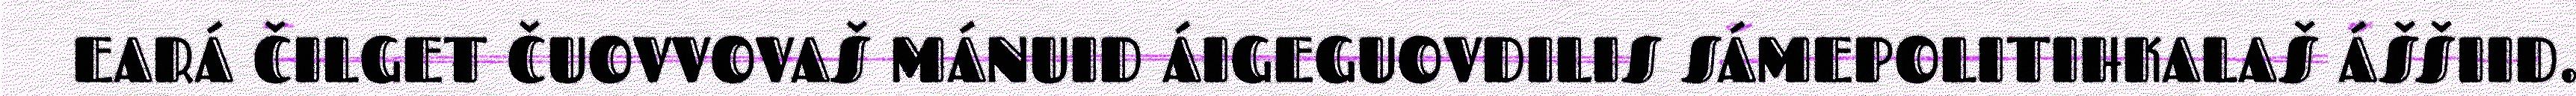
EARÁ ČILGET ČUOVVOVAŠ MÁNUID ÁIGEGUOVDILIS SÁMEPOLITIHKALAŠ ÁŠŠIID.